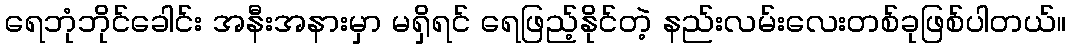
ရေဘုံဘိုင်ခေါင်း အနီးအနားမှာ မရှိရင် ရေဖြည့်နိုင်တဲ့ နည်းလမ်းလေးတစ်ခုဖြစ်ပါတယ်။